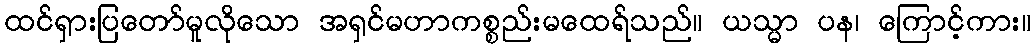
ထင်ရှားပြတော်မူလိုသော အရှင်မဟာကစ္စည်းမထေရ်သည်။ ယသ္မာ ပန၊ ကြောင့်ကား။